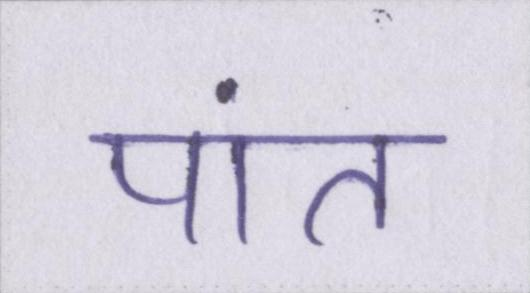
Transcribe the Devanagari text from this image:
पांत